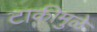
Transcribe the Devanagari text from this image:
टाकीमुळे